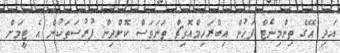
އަދި އޭގެ ތިންމިނެޓް ފަހުން އިބްރަހިމްއޮވިޗް ތަނަވަސް ކޮށްދިން ފުރުސަތަކުން އެ ޓީމަށް